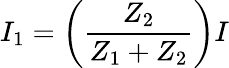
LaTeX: I_{1}=\left({\frac{Z_{2}}{Z_{1}+Z_{2}}}\right)I